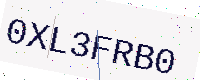
Text: 0XL3FRB0